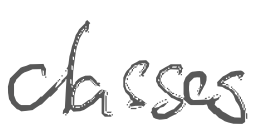
Text: classes
Cross-out: clean
Writing tool: digital_gray